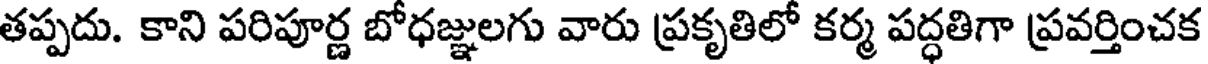
తప్పదు. కాని పరిపూర్ణ బోధజ్ఞులగు వారు ప్రకృతిలో కర్మ పద్ధతిగా ప్రవర్తించక